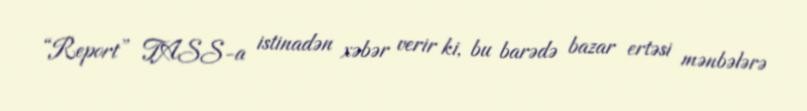
“Report” TASS-a istinadən xəbər verir ki, bu barədə bazar ertəsi mənbələrə